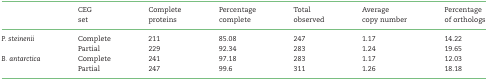
<table><thead><tr><td></td><td><b>CEG</b></td><td><b>Complete</b></td><td><b>Percentage</b></td><td><b>Total</b></td><td><b>Average</b></td><td><b>Percentage</b></td></tr><tr><td></td><td><b>set</b></td><td><b>proteins</b></td><td><b>complete</b></td><td><b>observed</b></td><td><b>copy number</b></td><td><b>of orthologs</b></td></tr></thead><tbody><tr><td><i>P. steinenii</i></td><td>Complete</td><td>211</td><td>85.08</td><td>247</td><td>1.17</td><td>14.22</td></tr><tr><td></td><td>Partial</td><td>229</td><td>92.34</td><td>283</td><td>1.24</td><td>19.65</td></tr><tr><td><i>B. antarctica</i></td><td>Complete</td><td>241</td><td>97.18</td><td>283</td><td>1.17</td><td>12.03</td></tr><tr><td></td><td>Partial</td><td>247</td><td>99.6</td><td>311</td><td>1.26</td><td>18.18</td></tr></tbody></table>